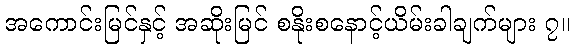
အကောင်းမြင်နှင့် အဆိုးမြင် စနိုးစနောင့်ယိမ်းခါချက်များ ၇။